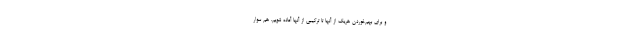
و برای بهم‌خوردن هریک از آنها تا ترکیبی از آنها آماده شویم. هم سوار